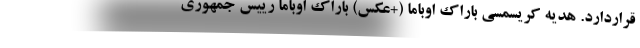
قراردارد. هدیه کریسمسی باراک اوباما (+عکس) باراک اوباما رییس جمهوری